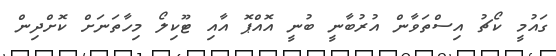
ގައުމީ ކޯޗު އިސްތަވާން އުރުބާނީ ބުނީ އޮއްޕޮ އާއި ޓޫކިލޯ މިހާތަނަށް ކޮށްދިން